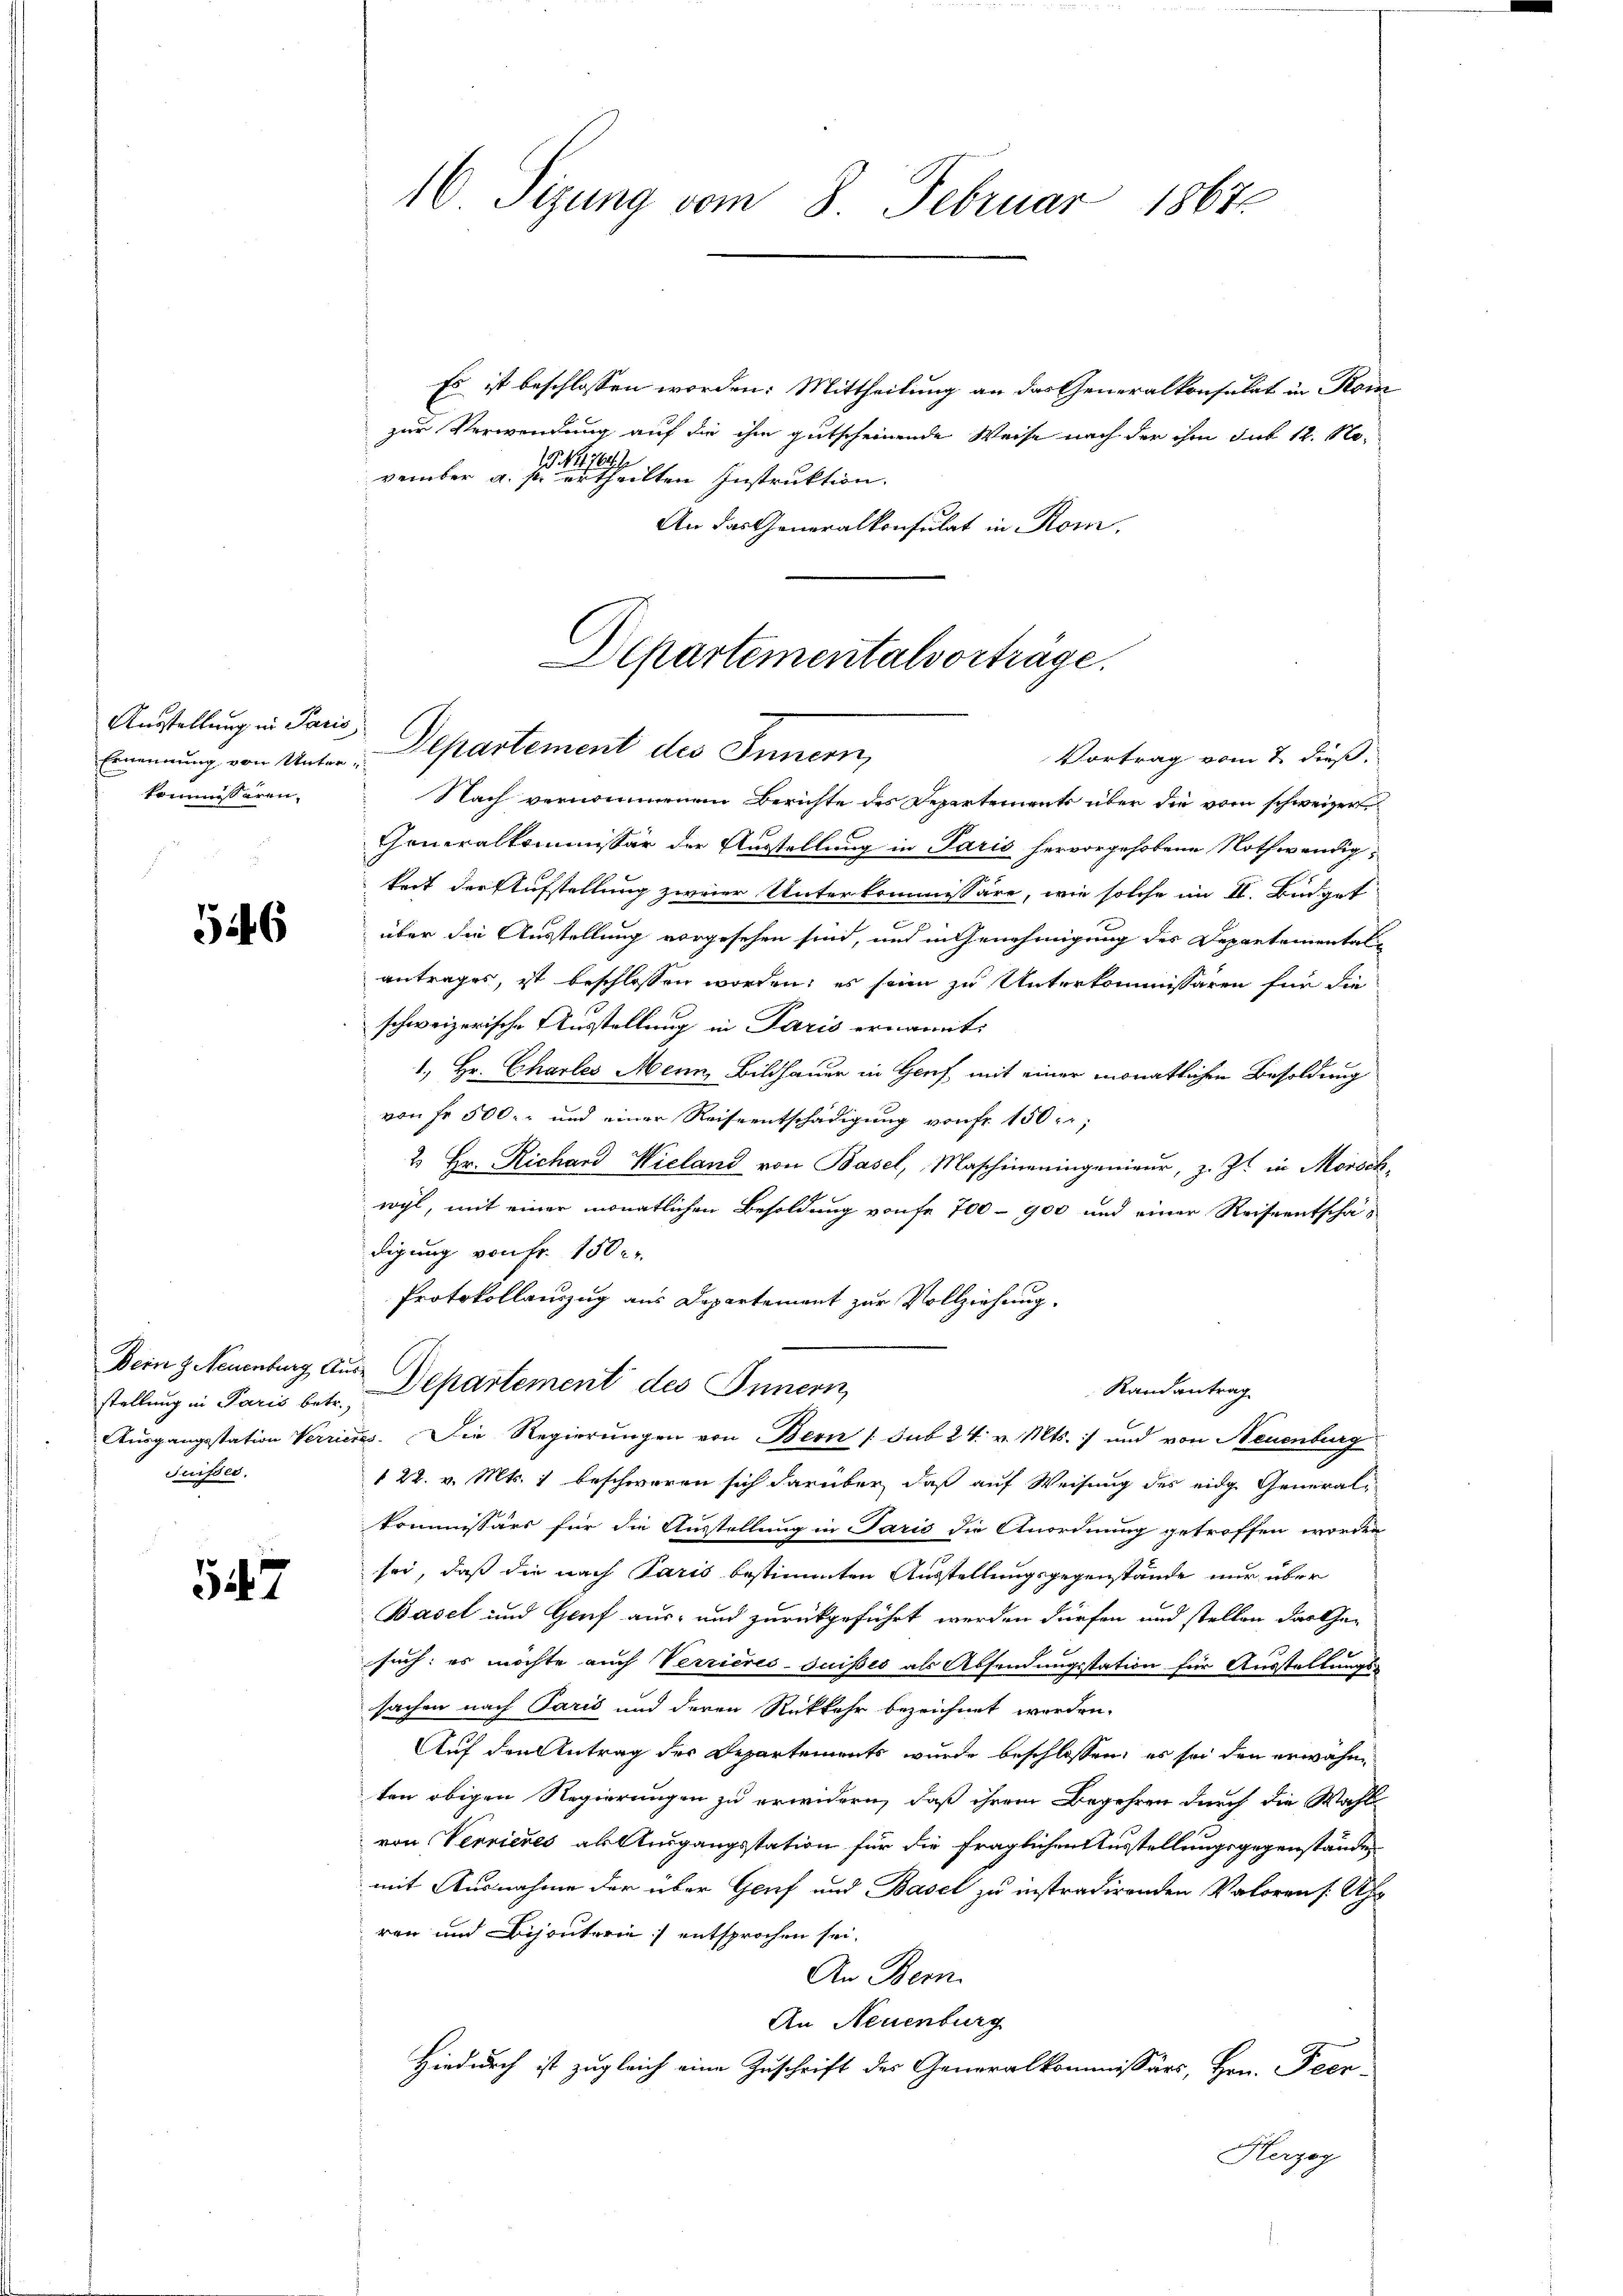
Ausstellung in Paris,
kommissären.

546

stellung in Paris betr.
Suisses.

547

16. Sizung vom 8. Februar 1867

Es ist beschlossen worden: Mittheilung an das Generalkonsulat in Kom
zur Verwendung auf die ihm gutscheinende Weise nach der ihm sub 12. No¬
N 1764
vember a. s. ertheilten Instruktion.
An das Generalkonsulat in Rom.

Departementalvorträge.
Eimmnung von Unter Departement des Innern,
Vortrag vom 7. dieß.

Dein z Neuenburg aus Departement des Innern

Nach vernommenen Berichte des Departements über die vom schweizer
Generalkommissär der Ausstellung in Paris hervorgehobene Nothwendigkeit der Aufstellung zweier Unterkommissäre, wie solche im II. Büdget
c
über die Ausstellung vorgesehen sind, und in Genehmigung des Departementale
antrages, ist beschlossen worden; es sein zu Unterkommissären für die
schweizerische Ausstellung in Paris ernannt:
1., Hr. Charles Menn, Bildhauer in Genf, mit einer monatlichen Besoldung
 von Fr. 500.- und einer Reiseentschädigung von Fr. 150;
2 Hr. Richard Wieland von Basel, Maschineingenieŭr, z. Zt. in Morick,
wyl, mit einer monatlichen Besoldung von fe 700 - 900 und einer Reiseentschädigung von Fr. 150 r.
Protokollauszug aus Departement zur Vollziehung.
Ausgangsstation Verrieres. Die Regierungen von Bern /: sub 24. v. Mts. 1 und von Neuenburg
122. v. Mts. 1 beschworen sich darüber, daß auf Weisung des eidg General-
kommissärs für die Ausstellung in Paris die Anordnung getroffen worden
sei, daß die nach Paris bestimmten Ausstellungsgegenstände nur über
Basel und Genf aus- und zurückgeführt werden dürfen und stellen das Ge¬

such: es möchte auch Verrieres-Suisses als Absendungsstation für Ausstellungs-
sachen nach Paris und deren Rückkehr bezeichnet worden.
Auf den Antrag der Departements wurde beschlossen, es sei den erwähnten obigen Regierungen zu erwidern, daß ihrem Begehren durch die Wahl
von Verrieres als Ausgangsstation für die fraglichen Ausstellungsgegenstände
mit Ausnahme der über Genf und Basel zu instradirenden Valoren s. Uhr
ren und Bijonterin) entsprochen sei.
An Bern.
An Neuenburg
Hiedurch ist zugleich eine Zuschrift des Generalkommissärs, Hrn. Peer-
Herzog

Randantrag